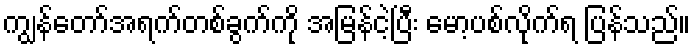
ကျွန်တော်အရက်တစ်ခွက်ကို အမြန်ငဲ့ပြီး မော့ပစ်လိုက်ရ ပြန်သည်။